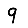
Digit: 9